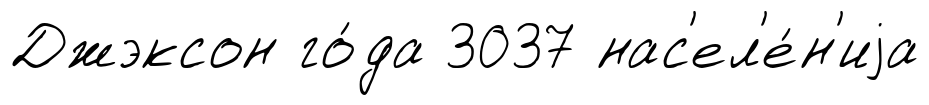
Джэксон го́да 3037 нас'ел'е́н'иjа